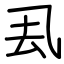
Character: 厾